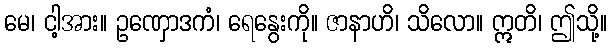
မေ၊ ငါ့အား။ ဥဏှောဒကံ၊ ရေနွေးကို။ ဇာနာဟိ၊ သိလော။ ဣတိ၊ ဤသို့။